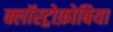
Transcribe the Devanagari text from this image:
क्लॉस्ट्रोफ़ोबिया